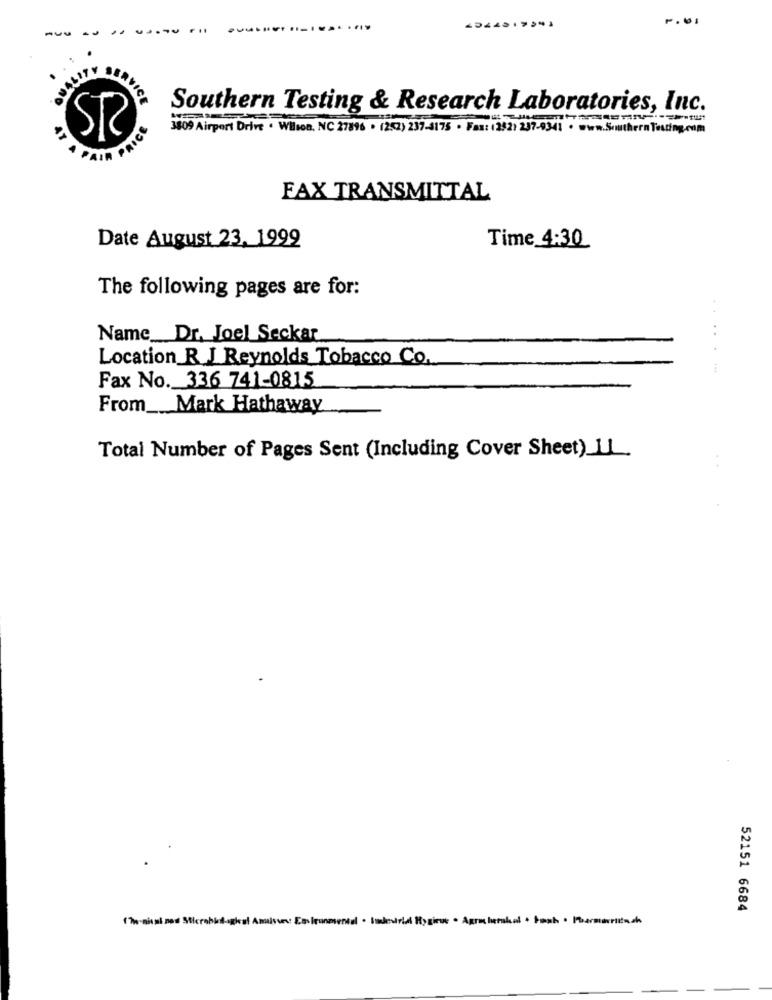
F.01
----
ERVICE
Southern Testing & Research Laboratories, Inc.
3809 Airport Drive . Wilson, NC 27896 . (202) 237-8175 . Fax: (282) 257-9341 . www.SouthernTesting.com
PAIR PRICE
FAX TRANSMITTAL
Date August 23, 1999
Time 4:30
The following pages are for:
...
Name_Dr. Joel Seckar
Location R. J Reynolds Tobacco Co.
Fax No. 336 741-0815
From __ Mark Hathaway
Total Number of Pages Sent (Including Cover Sheet) IL.
52151 6684
17-ainsi nad Sticrobin-ogist Analyse: Environmental . Budeirid Hygiene · Agra herskal · Posh . Pharmwrittach